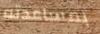
بمساعدته